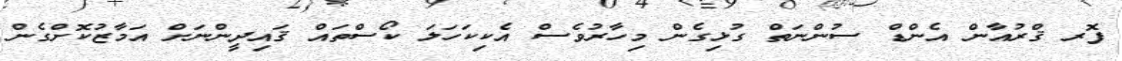
ފޮރ ޤްރުއާން އެންޑް ސުންނަތް ގުޅިގެން މިހާރުވެސް އެކިކަހަލަ ކޯސްތައް ޤައިދީންނަށް އަމާޒުކޮށްގެން